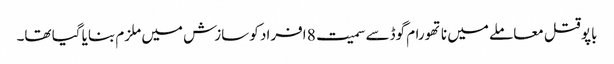
باپو قتل معاملے میں ناتھورام گوڈسے سمیت 8 افراد کو سازش میں ملزم بنایا گیا تھا۔